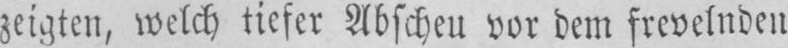
zeigten, welch tiefer Abscheu vor dem frevelnden